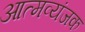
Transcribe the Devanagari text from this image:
आत्मव्यंजक